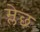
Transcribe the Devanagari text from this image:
म्लेछ